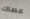
عصاك